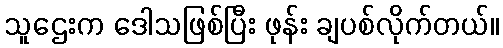
သူဌေးက ဒေါသဖြစ်ပြီး ဖုန်း ချပစ်လိုက်တယ်။